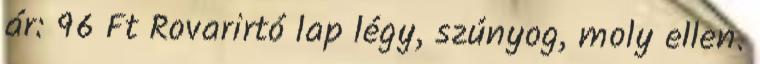
ár: 96 Ft Rovarirtó lap légy, szúnyog, moly ellen.